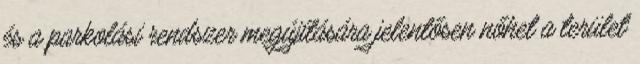
és a parkolási rendszer megújítására jelentősen nőhet a terület